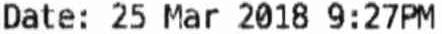
DATE: 25 MAR 2018 9:27PM